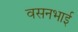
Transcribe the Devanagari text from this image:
वसनभाई